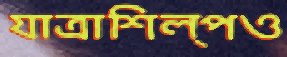
যাত্রাশিল্পও